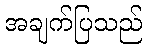
အချက်ပြသည်